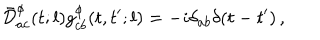
\bar { \cal D } _ { a c } ^ { \phi } ( t ; l ) g _ { c b } ^ { \phi } ( t , t ^ { \prime } ; l ) = - i \delta _ { a b } \delta ( t - t ^ { \prime } ) \, ,